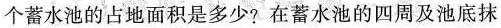
个蓄水池的占地面积是多少?在蓄水池的四周及池底抹